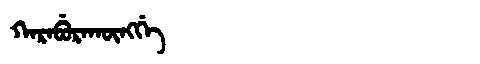
Manchu: ᡴᠠᡵᠠᠪᡠᡵᠠᡴᡡᠩᡤᡝ
Romanization: KARABURAKŪNGGE